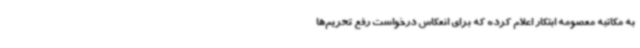
به مکاتبه معصومه ابتکار اعلام کرده که برای انعکاس درخواست رفع تحریم‌ها